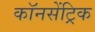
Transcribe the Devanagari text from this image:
कॉनसेंट्रिक